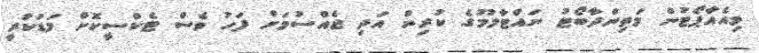
މިއެއާޕޯޓުން މަތިންދާބޯޓު ނައްޓާލުމުގެ ކުރިން އަދި ޖެއްސުމަށް ފަހު ވެސް ޓެކްސީކޮށް މަޑުކުރީ